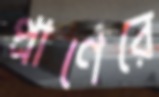
প্রাণেরে